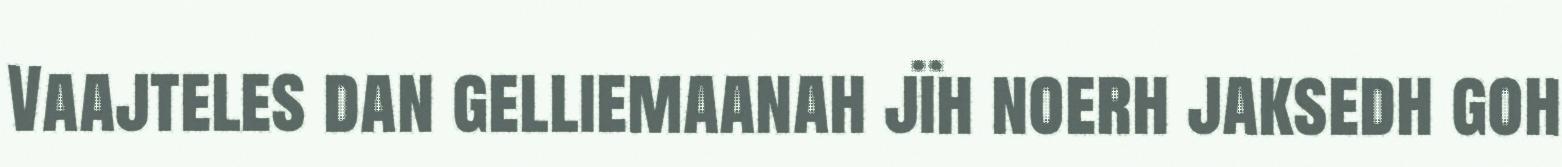
Vaajteles dan gelliemaanah jïh noerh jaksedh goh